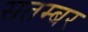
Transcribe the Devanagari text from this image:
सतम्बर